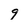
Character: 9